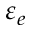
\varepsilon _ { e }